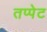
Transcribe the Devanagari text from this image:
तप्पेट